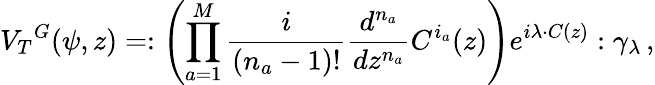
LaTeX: {V_{T}}^{G}(\psi,z)=:\left(\prod_{a=1}^{M}{\frac{i}{(n_{a}-1)!}}{\frac{d^{n_{a}}}{dz^{n_{a}}}}C^{i_{a}}(z)\right)e^{i\lambda\cdot C(z)}:\gamma_{\lambda}\, ,